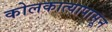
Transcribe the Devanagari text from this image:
कोलकात्यापासून